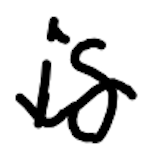
Text: is
Cross-out: wave
Writing tool: digital_black